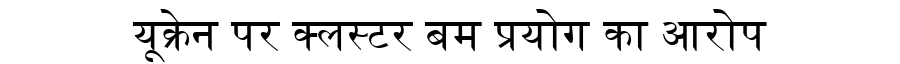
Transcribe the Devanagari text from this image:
यूक्रेन पर क्लस्टर बम प्रयोग का आरोप